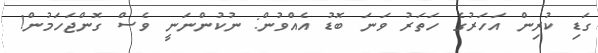
ގަޑި ކުރިން އަހަރުގެ ހަތަރު ވަނަ ބޮޑު އެއްވުން: ނުކުންނަނީ ވެސް ގޮންޖަހަމުން!